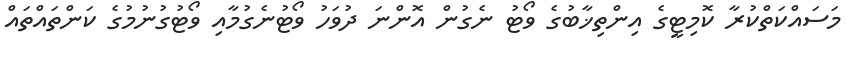
މަސައްކަތްކުރާ ކޮމިޓީގެ އިންތިޚާބުގެ ވޯޓު ނެގުން އޮންނަ ދުވަހު ވޯޓުނެގުމާއި ވޯޓުގުނުމުގެ ކަންތައްތައް